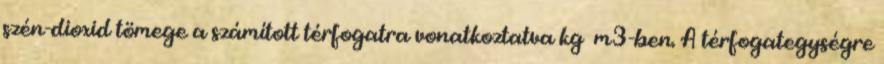
szén-dioxid tömege a számított térfogatra vonatkoztatva kg m3-ben. A térfogategységre